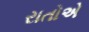
રાતોએ